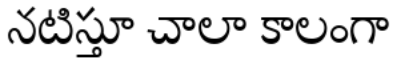
నటిస్తూ చాలా కాలంగా